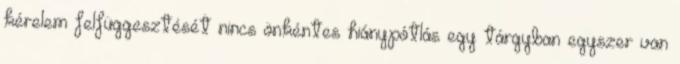
kérelem felfüggesztését nincs önkéntes hiánypótlás egy tárgyban egyszer van